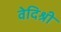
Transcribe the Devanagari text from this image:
वेदिश्री